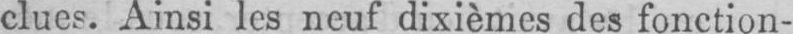
clues. Ainsi les neuf dixièmes des fonction-